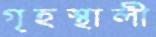
গৃহস্থালী